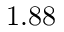
1 . 8 8